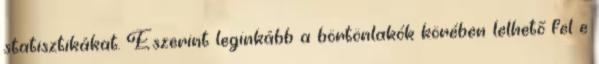
statisztikákat. Eszerint leginkább a börtönlakók körében lelhető fel e